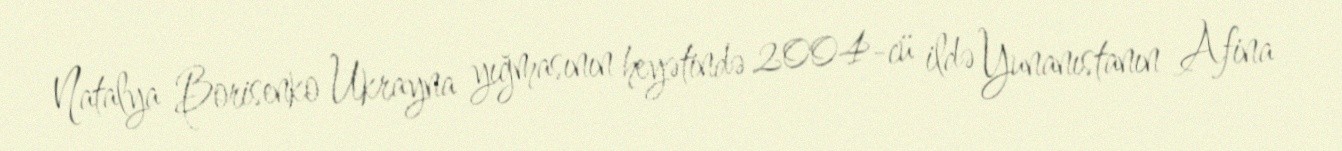
Natalya Borisenko Ukrayna yığmasının heyətində 2004-cü ildə Yunanıstanın Afina